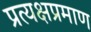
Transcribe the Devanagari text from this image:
प्रत्यक्षप्रमाण